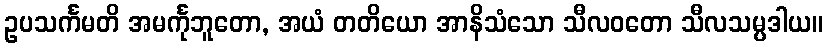
ဥပသင်္ကမတိ အမင်္ကုဘူတော, အယံ တတိယော အာနိသံသော သီလဝတော သီလသမ္ပဒါယ။